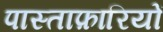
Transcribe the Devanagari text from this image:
पास्ताफ़ारियों